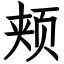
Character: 颊